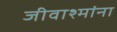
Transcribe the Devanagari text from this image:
जीवाश्मांना